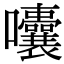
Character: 囔